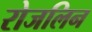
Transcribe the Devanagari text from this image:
रोजलिन